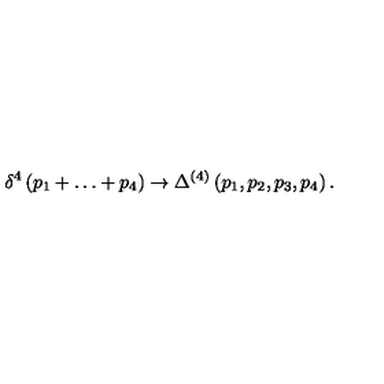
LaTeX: \delta ^ { 4 } \left( p _ { 1 } + \ldots + p _ { 4 } \right) \to \Delta ^ { ( 4 ) } \left( p _ { 1 } , p _ { 2 } , p _ { 3 } , p _ { 4 } \right) .